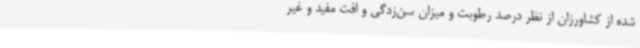
شده از کشاورزان از نظر درصد رطوبت و میزان سن‌زدگی و افت مفید و غیر